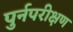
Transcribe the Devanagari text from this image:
पुर्नपरीक्षण